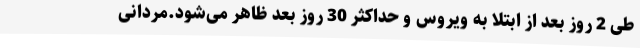
طی 2 روز بعد از ابتلا به ویروس و حداکثر 30 روز بعد ظاهر می‌شود.مردانی